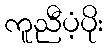
ကူညီပံ့ပိုး